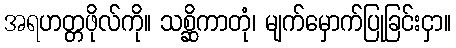
အရဟတ္တဖိုလ်ကို။ သစ္ဆိကာတုံ၊ မျက်မှောက်ပြုခြင်းငှာ။